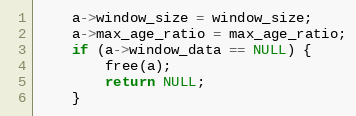
Language: C
    a->window_size = window_size;
    a->max_age_ratio = max_age_ratio;
    if (a->window_data == NULL) {
        free(a);
        return NULL;
    }